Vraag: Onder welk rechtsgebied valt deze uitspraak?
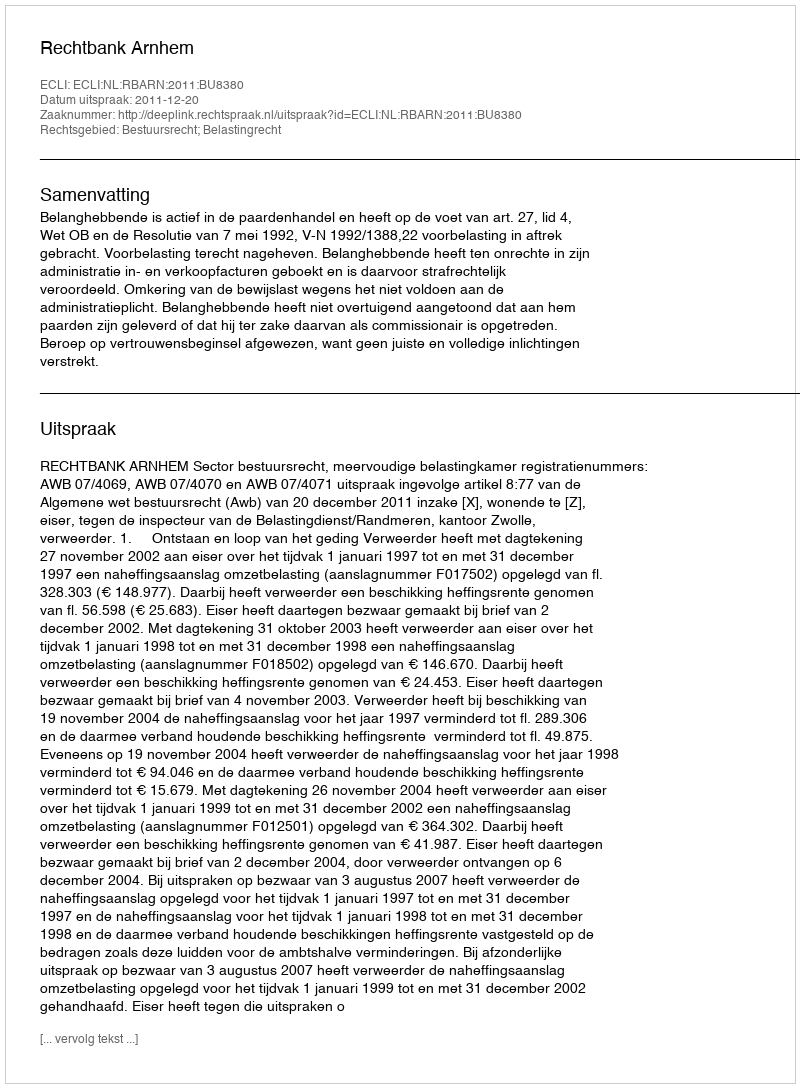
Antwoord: Bestuursrecht; Belastingrecht